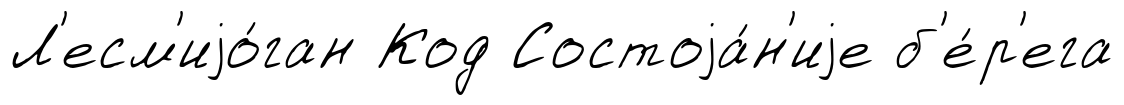
Л'есм'иjо́ган Код Состоjа́н'иjе б'е́р'ега